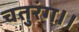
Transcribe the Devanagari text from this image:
चतुरंग।।